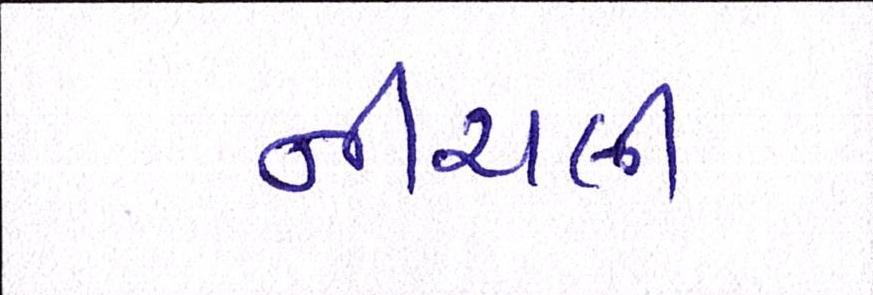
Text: નીચલી